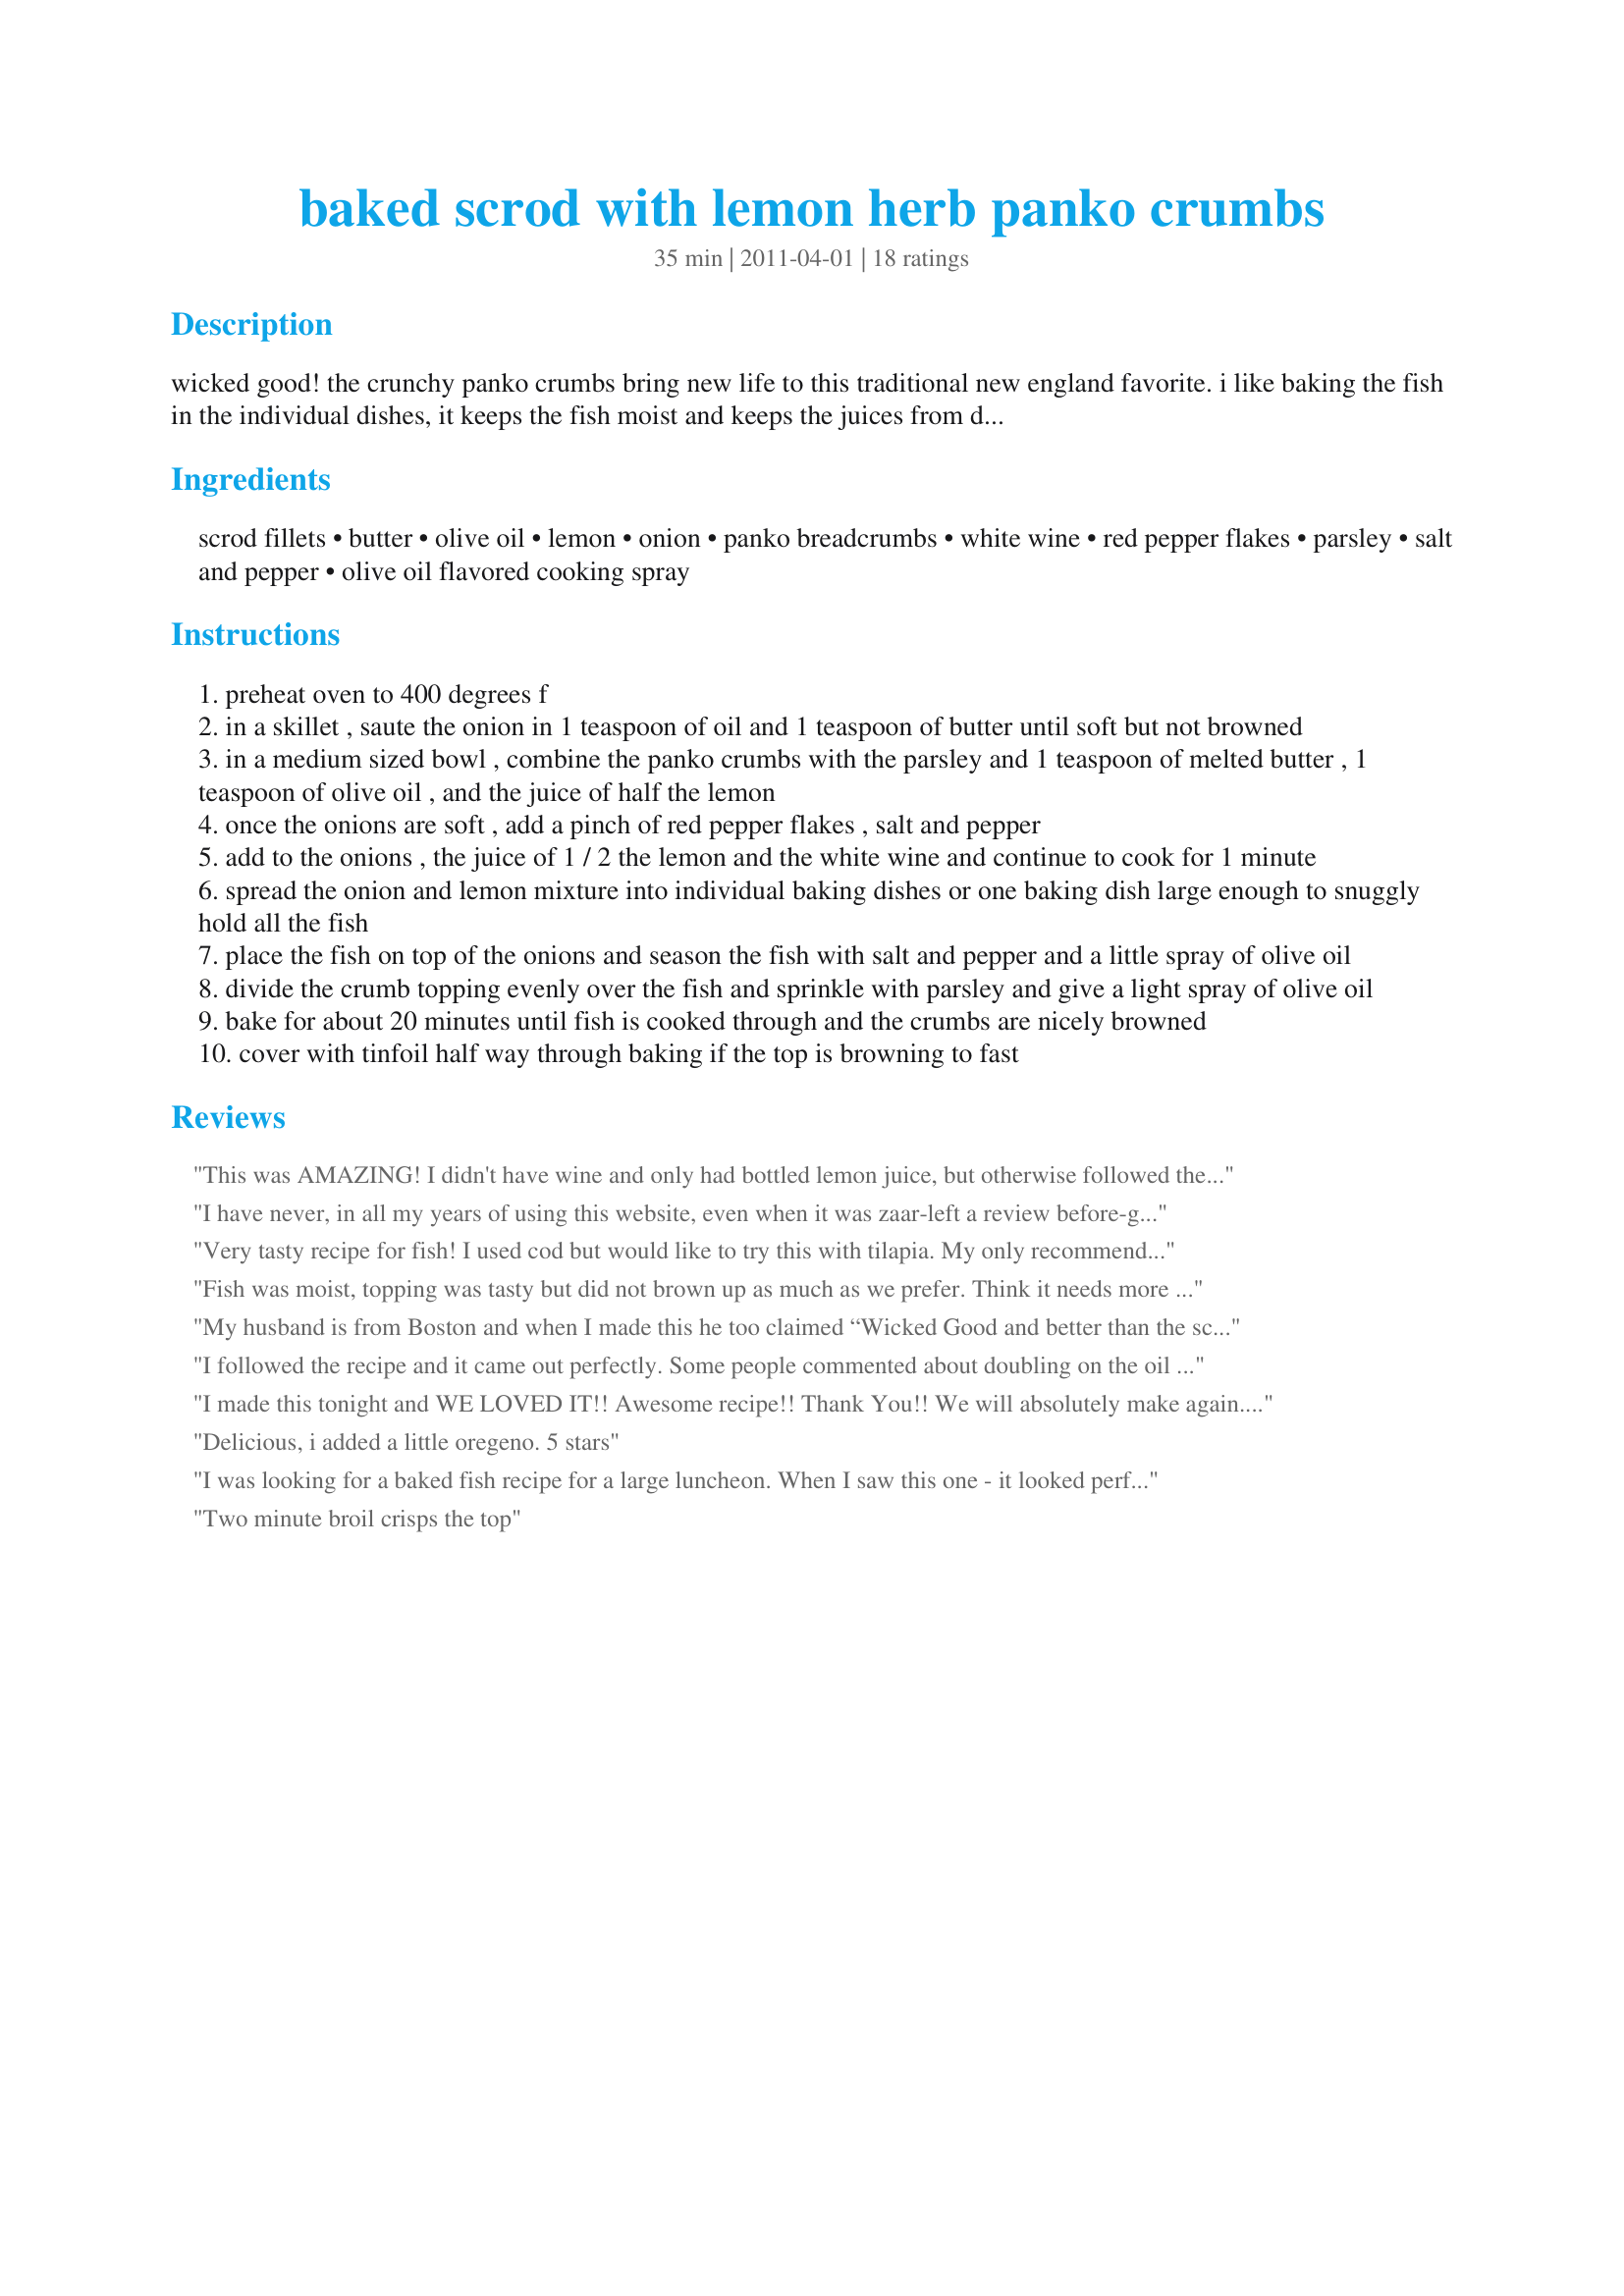
baked scrod with lemon herb panko crumbs
Preparation time: 35 minutes

wicked good!
the crunchy panko crumbs bring new life to this traditional new england favorite. i like baking the fish in the individual dishes, it keeps the fish moist and keeps the juices from drying up. after you make your way through the crunchy topping and flaky fish, you'll be surprised to find this delicious oniony, lemon goodness awaiting on the bottom which is absolutely incredible.

i hope you try this recipe, it really is wicked good!

Ingredients:
scrod fillets, butter, olive oil, lemon, onion, panko breadcrumbs, white wine, red pepper flakes, parsley, salt and pepper, olive oil flavored cooking spray

Steps:
preheat oven to 400 degrees f
in a skillet , saute the onion in 1 teaspoon of oil and 1 teaspoon of butter until soft but not browned
in a medium sized bowl , combine the panko crumbs with the parsley and 1 teaspoon of melted butter , 1 teaspoon of olive oil , and the juice of half the lemon
once the onions are soft , add a pinch of red pepper flakes , salt and pepper
add to the onions , the juice of 1 / 2 the lemon and the white wine and continue to cook for 1 minute
spread the onion and lemon mixture into individual baking dishes or one baking dish large enough to snuggly hold all the fish
place the fish on top of the onions and season the fish with salt and pepper and a little spray of olive oil
divide the crumb topping evenly over the fish and sprinkle with parsley and give a light spray of olive oil
bake for about 20 minutes until fish is cooked through and the crumbs are nicely browned
cover with tinfoil half way through baking if the top is browning to fast

Reviews:
This was AMAZING! I didn't have wine and only had bottled lemon juice, but otherwise followed the recipe and this dish came out great. I used a 9&quot; pie dish for 1.5 pounds of schrod and also mixed the parsley into the breadcrumbs instead of just sprinkling on top. My husband and son love it and went back for seconds, which is the true test!
I have never, in all my years of using this website, even when it was zaar-left a review before-good or bad. This time, I had to! This is the best dang fish I have ever had- omg I am in heaven. Made this twice last week and twice this week. The only thing I changed is that I used vegan butter-we don't eat meat or dairy products. My 19yr old fish loving son said it was amazing and loved the leftovers just as much-my fish hating hubby admitted it was delicious- thank you very much, for taking the time to share! (Oops remembered I added garlic powder, black pepper and lawrys seasoned salt to the panko.)
Very tasty recipe for fish! I used cod but would like to try this with tilapia. My only recommendation is to use more olive oil/butter in the topping (maybe 2 Tbsp or more) as mine was too dry with only 1 tsp of each. I also caramelized the onions a bit while softening them. Made for Name That Ingredient. Thanks!
Fish was moist, topping was tasty but did not brown up as much as we prefer. Think it needs more olive oil/ butter in topping maybe doubled. I did not have olive oil spray so perhaps that would solve browning problem. Love the onion with lemon wine sauce-unique and delicious. We think this is much better than an Arizona fish fry. Wish ingredients were listed in same order as directions. Thank you for sharing.
My husband is from Boston and when I made this he too claimed “Wicked Good and better than the scrod at Legal Seafood”. Followed the recipe exactly as is. Made many times and use either fresh, or individual frozen cod from either Costco or Whole Foods.
I followed the recipe and it came out perfectly. Some people commented about doubling on the oil or butter or less lemon juice. I don&#039;t usually pay attention to these measurements in cooking because everybody&#039;s taste is different. I used the given amount of lemon, but a little more on the oil. What I added by chance at the last minute was thinly sliced potatoes before you layer the onions. I was making a tray of roasted thin sliced potatoes and onions to serve with the fish. I liked how they looked cooked half way. I took enough slices to cover the bottom size of the fish. The combination of the potatoes and the onions along with the fish was wonderful. Then I served the more potatoes around the fish.
I made this tonight and WE LOVED IT!! Awesome recipe!! Thank You!! We will absolutely make again..Already Shared. TY AGAIN
Delicious, i added a little oregeno. 5 stars
I was looking for a baked fish recipe for a large luncheon. When I saw this one - it looked perfect for what I wanted. We did a test drive tonight and it wss even better than I expected. The description of the dish was very accurate. We used a very large homegrown Meyer Lemon. We baked it in a shallow pan and served in on top of a spoonful of long grain brown rice.
Two minute broil crisps the top
Very good. Did not change a thing. Will make again.
Made for Fall PAC 2011 and what a "wicked good" recipe. Your right, the panko crumbs make it delicious with some crunch and the cooking time was right on...the fish was soooo moist. The only thing I would do differently would be to cut the lemon juice down in the onions. With the wine (and my lemon was a big one) the onions and sauce was a little to tart for DH and I. Definately a keeper for 2011 and will be making this again. Thank you.
Absolutely love this fish dish!!!
This was just OK. The panko topping never did get crunchy. Baked x25 min. &amp; the fish was done but this dish just wasn&#039;t memorable. (used cod) We won&#039;t be making this again. Sorry.
Excellent!! I used cod and it turned out perfectly. I LOVED the panko coating AND the absolutely delicious onion mixture beneath the fish. This technique worked perfectly for our family because my husband isn&#039;t a fan of onions, etc... so I was able to lift out his fish and keep it separate, then put extra onion mixture from the bottom of the pan on my fish serving. Seriously good stuff here and going into my best of the best file. Made for Spring 2013 Pick A Chef.
I use this as my go- to recipe for sweet cod ( scrod)<br/>The thick chunks cook up sweet & moist.<br/>I don't do the onions just pan fry the panko crumbs with some herbs & butter<br/>20 minutes prior I throw in on a sheet pan, potatoes with chopped garlic for roasted potatoes<br/>All @400 degrees it's a perfect combo!
My husband and I loved this dish. It was beautiful to look at and delicious to eat. The kick from the red pepper flakes offset the lemon, wine, and onion flavors wonderfully. My daughter helped in the preparation and accidentally added a few pinches of chili powder. Oddly, it just made it better. Great recipe. A keeper!
Quick and easy to make! Delicious too! I used fresh grouper because that was what looked best at the fish market, plus its one of my favorites. Loved the crunchy topping and the onions were perfect. This was a very different fish recipe for me, and I&#039;m so happy I found it! Thanks for sharing!
